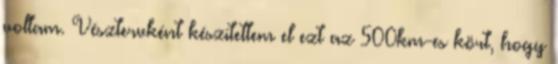
voltam. Vésztervként készítettem el ezt az 500km-es kört, hogy